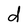
Character: d